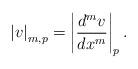
LaTeX: \begin{align*} \left|v\right|_{m,p}=\left|\frac{d^m v}{dx^m}\right|_p.\end{align*}